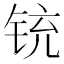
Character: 铳